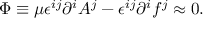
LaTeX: \Phi \equiv \mu \epsilon ^ { i j } \partial ^ { i } A ^ { j } - \epsilon ^ { i j } \partial ^ { i } f ^ { j } \approx 0 .